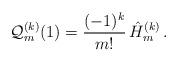
LaTeX: \begin{align*}\mathcal{Q}_m^{(k)}(1)=\frac{(-1)^k}{m!}\,\hat{H}_m^{(k)}\,. \end{align*}